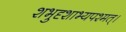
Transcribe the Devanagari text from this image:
शभुदृशाभ्यपश्मत्।